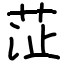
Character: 鿊